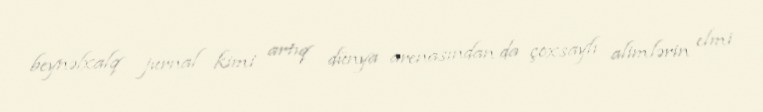
beynəlxalq jurnal kimi artıq dünya arenasından da çoxsaylı alimlərin elmi